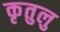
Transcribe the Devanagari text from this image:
कृतुलु